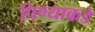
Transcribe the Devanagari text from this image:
पिण्याकडे